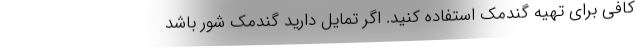
کافی برای تهیه گندمک استفاده کنید. اگر تمایل دارید گندمک شور باشد